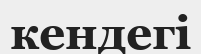
кендегі